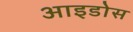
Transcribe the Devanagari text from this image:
आइडोस